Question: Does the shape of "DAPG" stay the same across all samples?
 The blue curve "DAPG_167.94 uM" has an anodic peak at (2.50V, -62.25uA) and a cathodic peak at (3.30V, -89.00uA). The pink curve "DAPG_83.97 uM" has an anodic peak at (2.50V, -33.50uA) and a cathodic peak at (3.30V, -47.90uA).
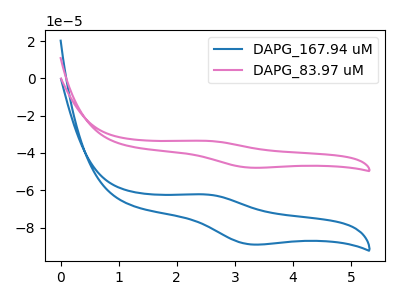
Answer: <think>All the peaks in "DAPG_167.94 uM" have a peak in "DAPG_83.97 uM" at the same potential.
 </think>
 <answer>All the CV's of "DAPG" have similar shape.</answer>
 <eval>follow_rule</eval>